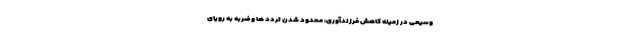
وسیعی در زمینه کاهش فرزندآوری، محدود شدن تردد ها و ضربه به رویای